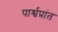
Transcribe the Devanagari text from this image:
पार्श्वप्रांत